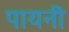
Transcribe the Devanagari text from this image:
पायनी